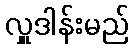
လှူဒါန်းမည်